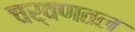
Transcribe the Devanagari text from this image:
चर्वणतल